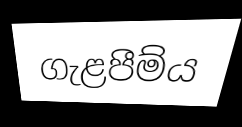
ගැළපීම්ය